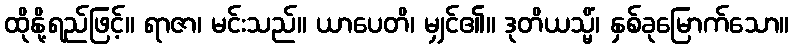
ထိုနို့ရည်ဖြင့်။ ရာဇာ၊ မင်းသည်။ ယာပေတိ၊ မျှင်၏။ ဒုတိယသ္မိံ၊ နှစ်ခုမြောက်သော။